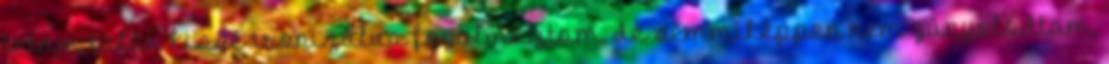
írtam talán kissé ironizálva fogalmaztam, de semmiképpen nem gúnyolódtam,